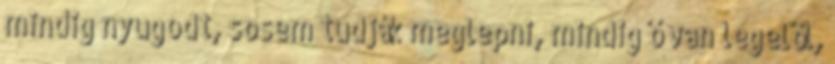
mindig nyugodt, sosem tudják meglepni, mindig ő van legelöl,